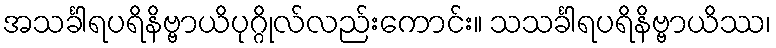
အသင်္ခါရပရိနိဗ္ဗာယိပုဂ္ဂိုလ်လည်းကောင်း။ သသင်္ခါရပရိနိဗ္ဗာယိဿ၊